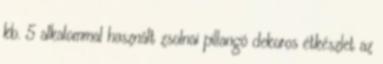
kb. 5 alkalommal használt zsolnai pillangó dekoros étkészlet az